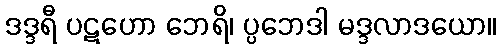
ဒဒ္ဒရီ ပဋဟော ဘေရိ၊ ပ္ပဘေဒါ မဒ္ဒလာဒယော။